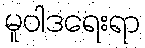
မူဝါဒရေးရာ